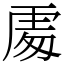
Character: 𠁅